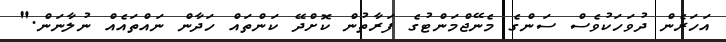
އަހަރެން ދުވަހަކުވެސް ސަންގެ މެނޭޖްމަންޓުގެ ފަރާތުން ކޮށްދޭ ކަންތައް ހަދާން ނައްތައެއް ނުލާނަން."